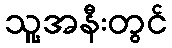
သူ့အနီးတွင်